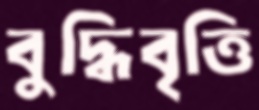
বুদ্ধিবৃত্তি